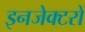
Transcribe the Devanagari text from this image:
इनजेक्टरों